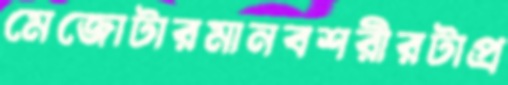
মেজোটারমানবশরীরটাপ্র